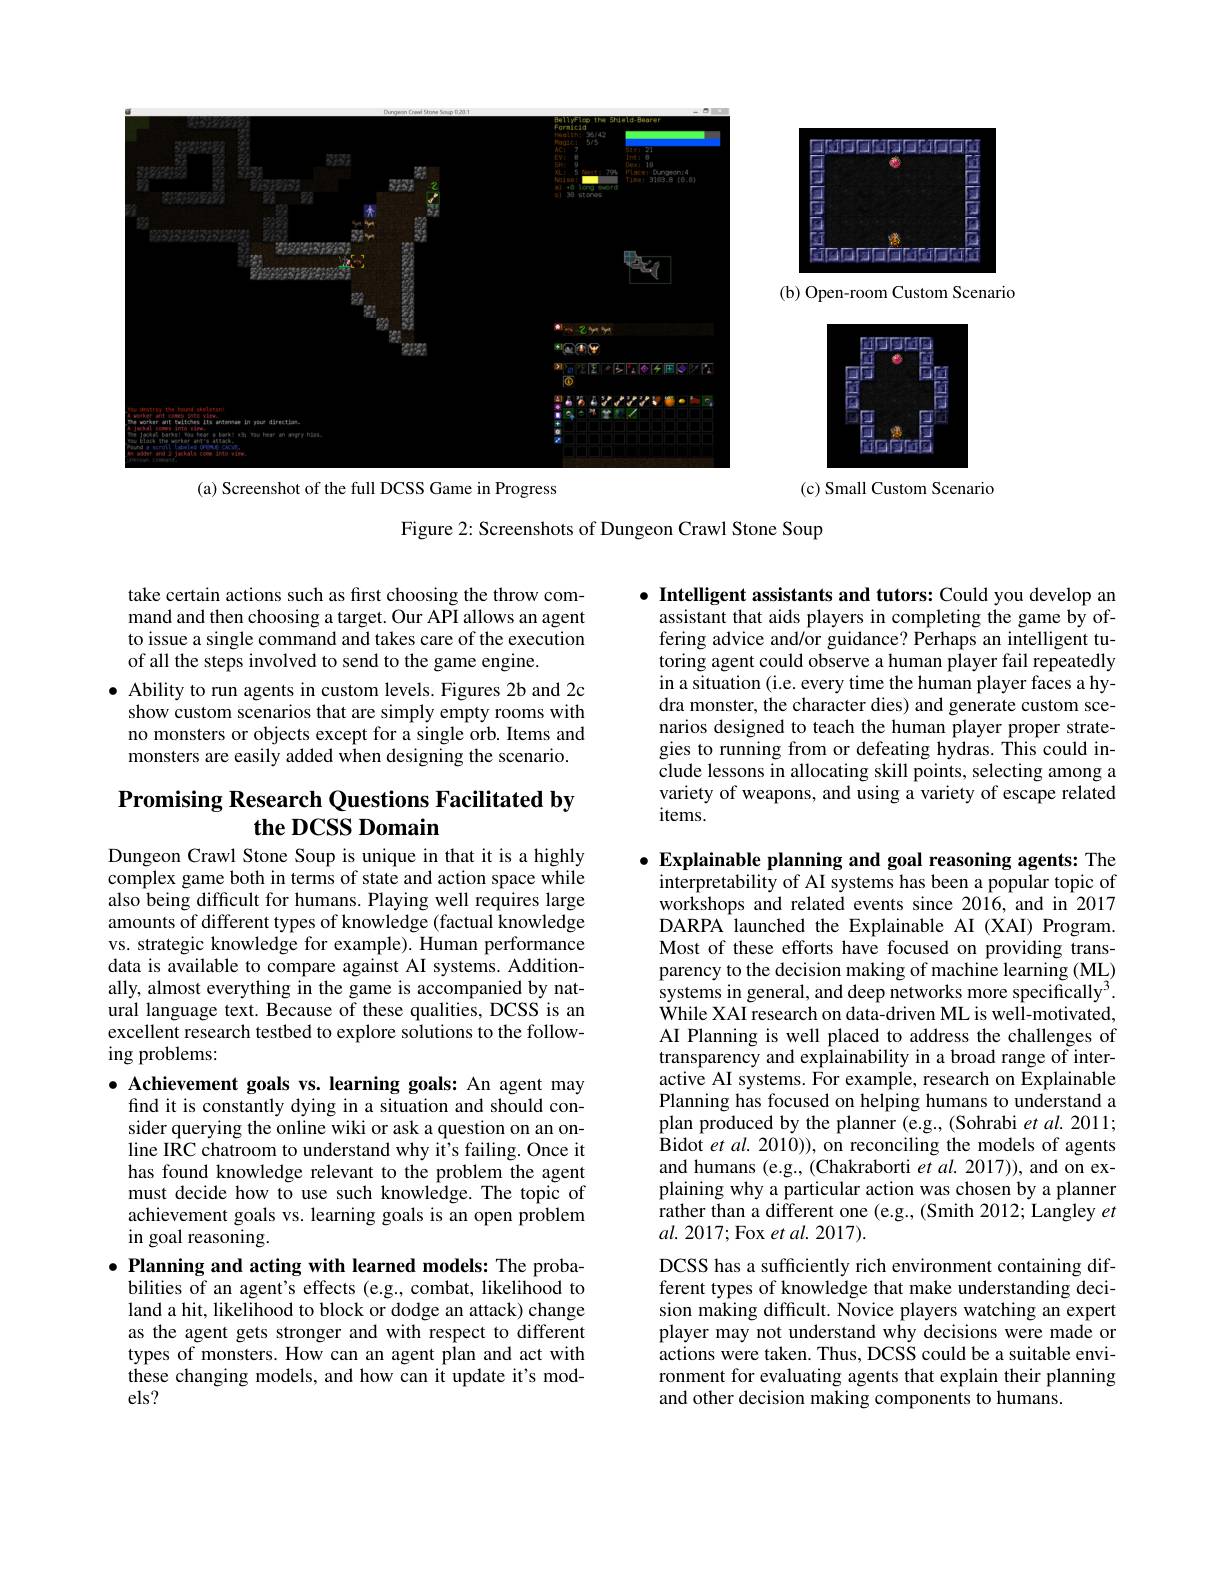
<FigureHere>

(a) Screenshot of the full DCSS Game in Progress
(c) Small Custom Scenario

Figure 2: Screenshots of Dungeon Crawl Stone Soup

take certain actions such as first choosing the throw command and then choosing a target. Our API allows an agent to issue a single command and takes care of the execution of all the steps involved to send to the game engine.

$\bullet$ Ability to run agents in custom levels. Figures 2b and 2c
show custom scenarios that are simply empty rooms with no monsters or objects except for a single orb. Items and monsters are easily added when designing the scenario.

## Promising Research Questions Facilitated by $\textbf{the DCSS Domain}$

Dungeon Crawl Stone Soup is unique in that it is a highly complex game both in terms of state and action space while also being difficult for humans. Playing well requires large amounts of different types of knowledge (factual knowledge vs. strategic knowledge for example). Human performance data is available to compare against AI systems. Additionally, almost everything in the game is accompanied by natural language text. Because of these qualities, DCSS is an excellent research testbed to explore solutions to the following problems:

$\bullet$ Achievement goals vs. learning goals: An agent may
find it is constantly dying in a situation and should consider querying the online wiki or ask a question on an online IRC chatroom to understand why it's failing. Once it has found knowledge relevant to the problem the agent must decide how to use such knowledge. The topic of achievement goals vs. learning goals is an open problem in goal reasoning.

$\bullet$ Planning and acting with learned models: The proba-

bilities of an agent's effects (e.g., combat, likelihood to land a hit, likelihood to block or dodge an attack) change as the agent gets stronger and with respect to different types of monsters. How can an agent plan and act with these changing models, and how can it update it's models?

$\bullet$ Intelligent assistants and tutors: Could you develop an
assistant that aids players in completing the game by offering advice and/or guidance? Perhaps an intelligent tutoring agent could observe a human player fail repeatedly in a situation (i.e. every time the human player faces a hydra monster, the character dies) and generate custom scenarios designed to teach the human player proper strategies to running from or defeating hydras. This could include lessons in allocating skill points, selecting among a variety of weapons, and using a variety of escape related items.

$\bullet$ Explainable planning and goal reasoning agents: The
interpretability of AI systems has been a popular topic of workshops and related events since 2016, and in 2017 DARPA launched the Explainable AI (XAI) Program. Most of these efforts have focused on providing transparency to the decision making of machine learning (ML) systems in general, and deep networks more specifically$^{3}$ While XAI research on data-driven ML is well-motivated, AI Planning is well placed to address the challenges of transparency and explainability in a broad range of interactive AI systems. For example, research on Explainable Planning has focused on helping humans to understand a plan produced by the planner (e.g.,(Sohrabi et al.2011; Bidot et al. 2010)), on reconciling the models of agents and humans (e.g., (Chakraborti et al. 2017)), and on explaining why a particular action was chosen by a planner rather than a different one (e.g., (Smith 2012; Langley $et$ $al.2017;$Fox et al. 2017).
DCSS has a sufficiently rich environment containing different types of knowledge that make understanding decision making difficult. Novice players watching an expert player may not understand why decisions were made or actions were taken. Thus, DCSS could be a suitable environment for evaluating agents that explain their planning and other decision making components to humans.